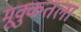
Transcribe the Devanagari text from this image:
मूक्कुतला